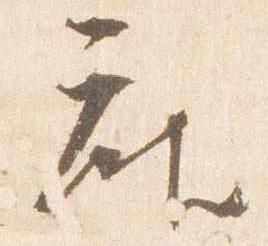
座